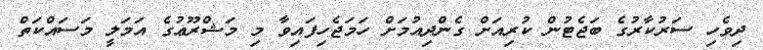
ދިވެހި ސަރުކާރުގެ ބަޖެޓުން ކުރިއަށް ގެންދިއުމަށް ހަމަޖެހިފައިވާ މި މަޝްރޫޢުގެ އަމަލީ މަސައްކަތް